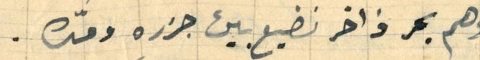
وهم بحر ذاخر نضيع بين جزره ومّده.